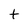
Character: t